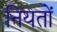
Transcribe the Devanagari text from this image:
नियतों